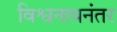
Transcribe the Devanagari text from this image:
विश्वनाथनंतर